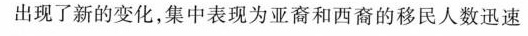
出现了新的变化，集中表现为亚裔和西裔的移民人数迅速